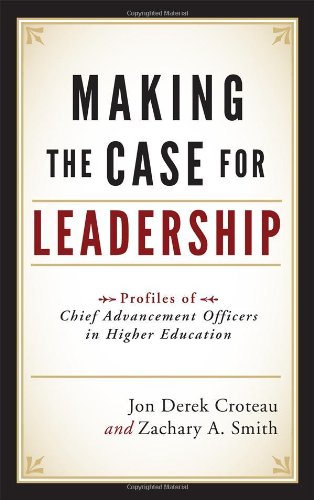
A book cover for Making the Case for Leadership: Profiles of Chief Advancement Officers in Higher Education; Jon Derek Croteau; Education & Teaching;